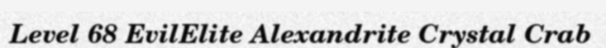
Level 68 EvilElite Alexandrite Crystal Crab